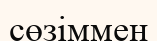
сөзіммен